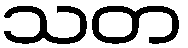
သတ